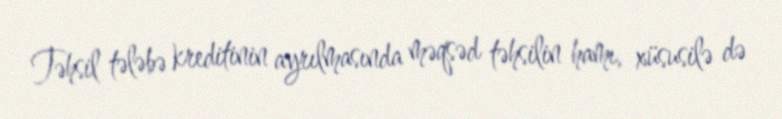
Təhsil tələbə kreditinin ayrılmasında məqsəd təhsilin hamı, xüsusilə də